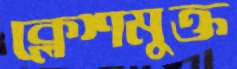
ক্লেশমুক্ত